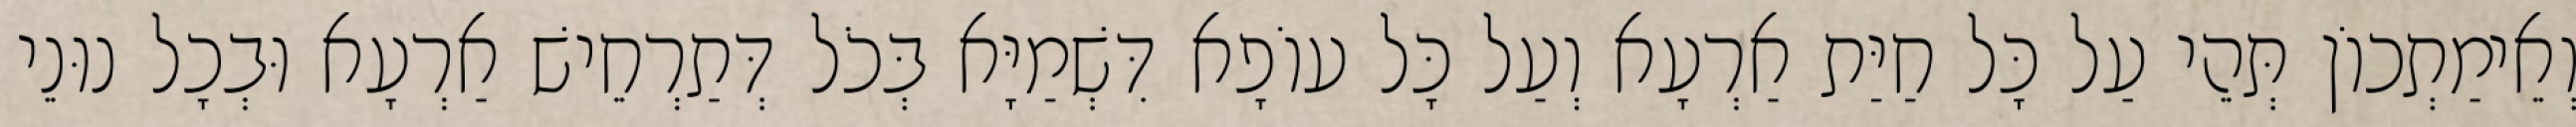
וְאֵימַתְכוֹן תְּהֵי עַל כָּל חַיַּת אַרְעָא וְעַל כָּל עוֹפָא דִּשְׁמַיָּא בְּכֹל דְּתַרְחֵישׁ אַרְעָא וּבְכָל נוּנֵי